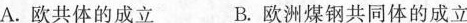
A.欧共体的成立 B.欧洲煤钢共同体的成立